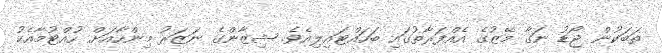
ތަބަކުން ޖޯޑު ނަގާ މޭޒުގެ އެއްފަރާތުގައި ބަހައްޓައިލިއެވެ. ޝިޒާންގެ ނަޒަރު މިންހާއަށް ހުއްޓުމާއެކު